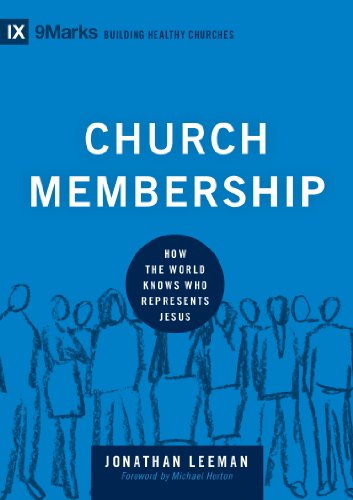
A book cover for Church Membership: How the World Knows Who Represents Jesus (9Marks: Building Healthy Churches); Jonathan Leeman; Christian Books & Bibles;